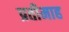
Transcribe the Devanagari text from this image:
प्रतीमाह